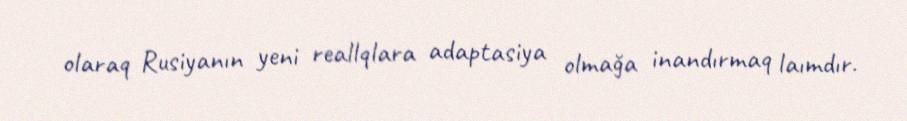
olaraq Rusiyanın yeni reallqlara adaptasiya olmağa inandırmaq laımdır.